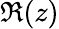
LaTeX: \Re(z)